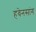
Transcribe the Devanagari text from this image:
हवेनसांग